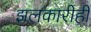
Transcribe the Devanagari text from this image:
झलकारीही